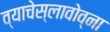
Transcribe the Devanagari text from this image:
व्याचेस्लावोव्ना